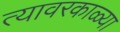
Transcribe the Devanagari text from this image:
त्यावरकाळ्या